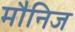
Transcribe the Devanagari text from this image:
मौनिज